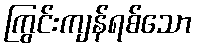
ကြွင်းကျန်ရစ်သော